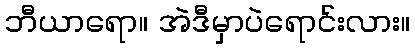
ဘီယာရော။ အဲဒီမှာပဲရောင်းလား။